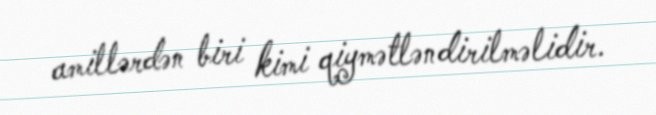
amillərdən biri kimi qiymətləndirilməlidir.